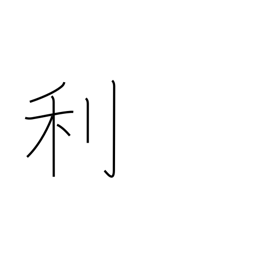
Meaning: advantage